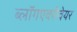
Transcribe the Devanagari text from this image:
ब्लॉगएवरीवेयर